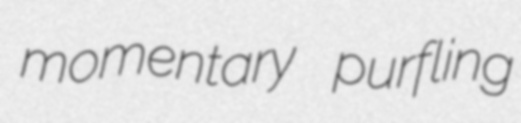
momentary purfling